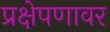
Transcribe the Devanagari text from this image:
प्रक्षेपणावर